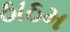
ઠાઠમ